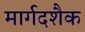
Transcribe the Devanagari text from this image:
मार्गदशैक